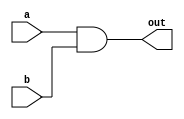
`timescale 1ns / 1ps
//////////////////////////////////////////////////////////////////////////////////
// Company: 
// Engineer: 
// 
// Design Name: 
// Module Name: AND
// Project Name: 
// Target Devices: 
// Tool Versions: 
// Description: 
// 
// Dependencies: 
// 
// Revision:
// Revision 0.01 - File Created
// Additional Comments:
// 
//////////////////////////////////////////////////////////////////////////////////


module AND(
        output out,
        input a,
        input b
    );
    assign out = a && b;
    
endmodule